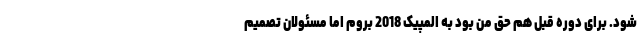
شود. برای دوره قبل هم حق من بود به المپیک 2018 بروم اما مسئولان تصمیم